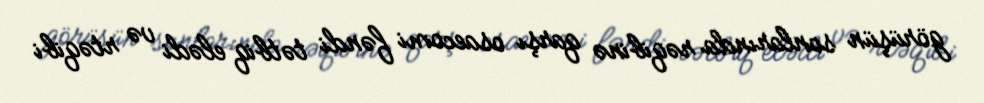
görüşün sonlarında rəqibinə qarşı osaecomi fəndi tətbiq elədi və rtəqibi